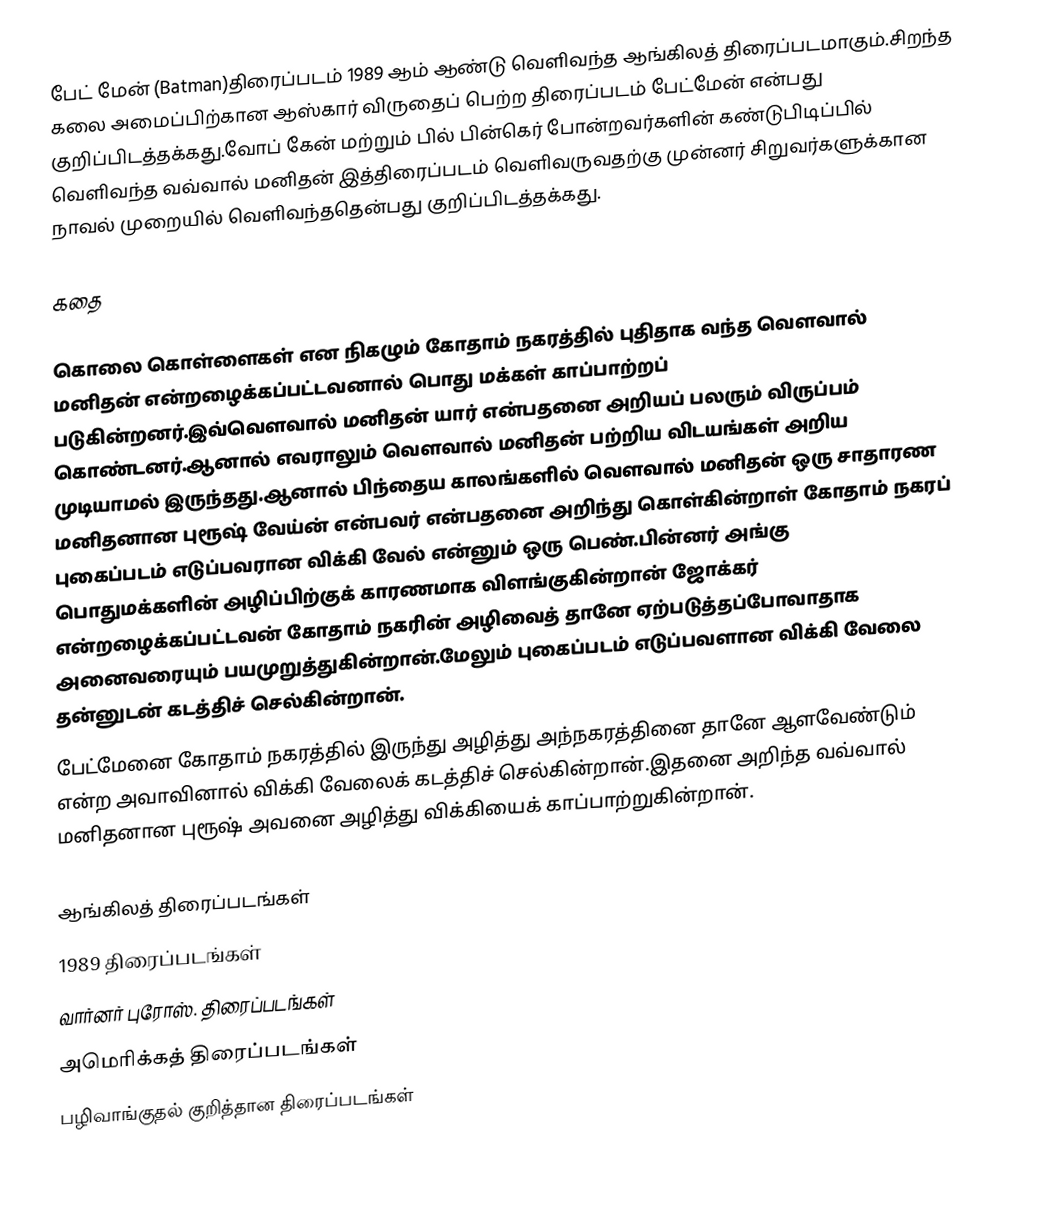
பேட் மேன் (Batman)திரைப்படம் 1989 ஆம் ஆண்டு வெளிவந்த ஆங்கிலத் திரைப்படமாகும்.சிறந்த கலை அமைப்பிற்கான ஆஸ்கார் விருதைப் பெற்ற திரைப்படம் பேட்மேன் என்பது குறிப்பிடத்தக்கது.வோப் கேன் மற்றும் பில் பின்கெர் போன்றவர்களின் கண்டுபிடிப்பில் வெளிவந்த வவ்வால் மனிதன் இத்திரைப்படம் வெளிவருவதற்கு முன்னர் சிறுவர்களுக்கான நாவல் முறையில் வெளிவந்ததென்பது குறிப்பிடத்தக்கது.

கதை

கொலை கொள்ளைகள் என நிகழும் கோதாம் நகரத்தில் புதிதாக வந்த வௌவால் மனிதன் என்றழைக்கப்பட்டவனால் பொது மக்கள் காப்பாற்றப் படுகின்றனர்.இவ்வௌவால் மனிதன் யார் என்பதனை அறியப் பலரும் விருப்பம் கொண்டனர்.ஆனால் எவராலும் வௌவால் மனிதன் பற்றிய விடயங்கள் அறிய முடியாமல் இருந்தது.ஆனால் பிந்தைய காலங்களில் வௌவால் மனிதன் ஒரு சாதாரண மனிதனான புரூஷ் வேய்ன் என்பவர் என்பதனை அறிந்து கொள்கின்றாள் கோதாம் நகரப் புகைப்படம் எடுப்பவரான விக்கி வேல் என்னும் ஒரு பெண்.பின்னர் அங்கு பொதுமக்களின் அழிப்பிற்குக் காரணமாக விளங்குகின்றான் ஜோக்கர் என்றழைக்கப்பட்டவன் கோதாம் நகரின் அழிவைத் தானே ஏற்படுத்தப்போவாதாக அனைவரையும் பயமுறுத்துகின்றான்.மேலும் புகைப்படம் எடுப்பவளான விக்கி வேலை தன்னுடன் கடத்திச் செல்கின்றான்.
பேட்மேனை கோதாம் நகரத்தில் இருந்து அழித்து அந்நகரத்தினை தானே ஆளவேண்டும் என்ற அவாவினால் விக்கி வேலைக் கடத்திச் செல்கின்றான்.இதனை அறிந்த வவ்வால் மனிதனான புரூஷ் அவனை அழித்து விக்கியைக் காப்பாற்றுகின்றான்.

ஆங்கிலத் திரைப்படங்கள்
1989 திரைப்படங்கள்
வார்னர் புரோஸ். திரைப்படங்கள்
அமெரிக்கத் திரைப்படங்கள்
பழிவாங்குதல் குறித்தான திரைப்படங்கள்